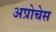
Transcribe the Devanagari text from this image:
अप्रोचेस